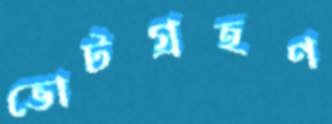
ভোটগ্রহণ